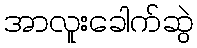
အာလူးခေါက်ဆွဲ